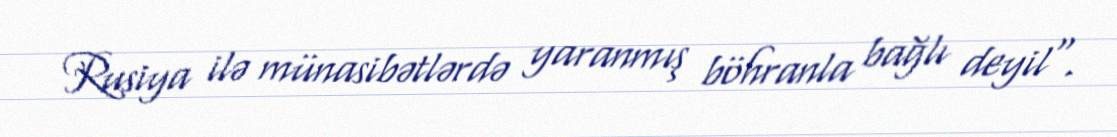
Rusiya ilə münasibətlərdə yaranmış böhranla bağlı deyil".